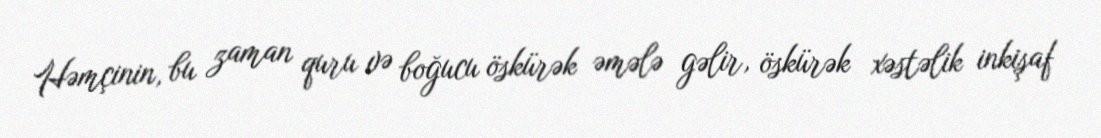
Həmçinin, bu zaman quru və boğucu öskürək əmələ gəlir, öskürək xəstəlik inkişaf